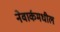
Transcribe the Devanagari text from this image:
नेवार्कमधील